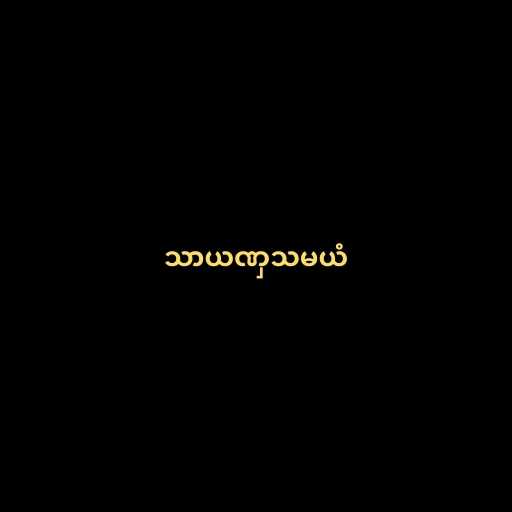
သာယဏှသမယံ